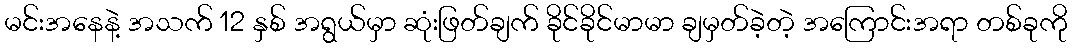
မင်းအနေနဲ့ အသက် 12 နှစ် အရွယ်မှာ ဆုံးဖြတ်ချက် ခိုင်ခိုင်မာမာ ချမှတ်ခဲ့တဲ့ အကြောင်းအရာ တစ်ခုကို